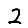
Digit: 2